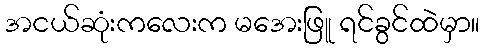
အငယ်ဆုံးကလေးက မအေးဖြူ ရင်ခွင်ထဲမှာ။